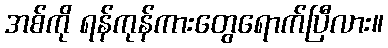
အစ်ကို ရန်ကုန်ကားတွေရောက်ပြီလား။